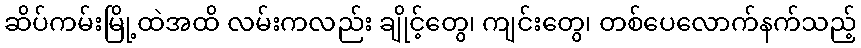
ဆိပ်ကမ်းမြို့ထဲအထိ လမ်းကလည်း ချိုင့်တွေ၊ ကျင်းတွေ၊ တစ်ပေလောက်နက်သည့်